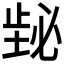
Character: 𪴸